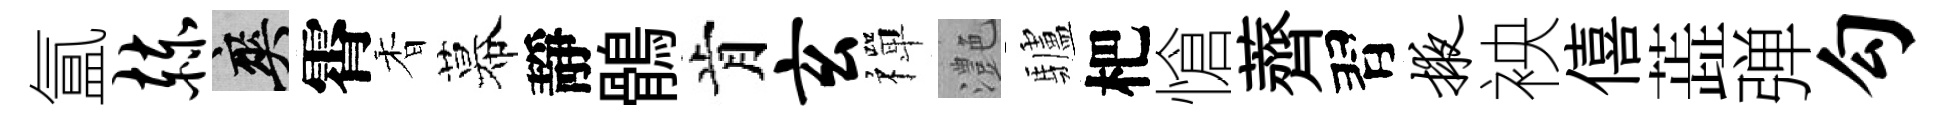
氲赫爽霄香幕靜鶻肯玄禪灔驢杷愴薺習掖䘧僖蕋弹勾